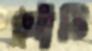
আঁঠি